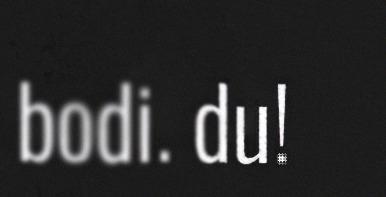
bodi. du!